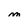
Character: m